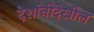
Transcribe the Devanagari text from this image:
देशांनीदेखील